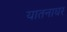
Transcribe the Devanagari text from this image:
यातनाघर